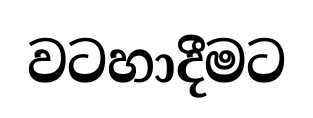
වටහාදීමට